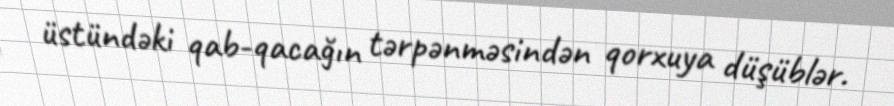
üstündəki qab-qacağın tərpənməsindən qorxuya düşüblər.